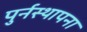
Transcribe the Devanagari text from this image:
पुर्नस्‍थापना